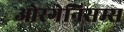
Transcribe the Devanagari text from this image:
ओरगेनिसम्स